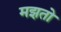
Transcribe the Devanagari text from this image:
मझतो